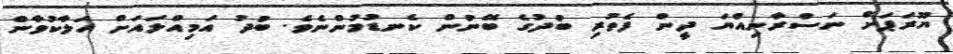
ޔޫރަޕަށް ނަސްރާނިއްޔަ ދީން ފެތުރި ބުދުގެ ބޭނުން ކެނޑުމުންނެވެ. ބުދު އަމިއްލައަށް ހަލާކުވާން